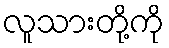
လူသားတို့ကို